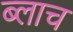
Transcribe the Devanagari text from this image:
ब्लाच